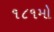
૧૮૧મો